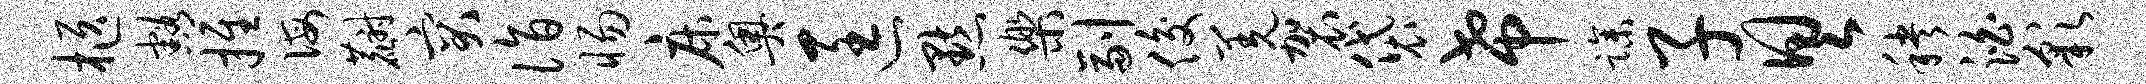
柩豁推诲麝突诣惕床奥匡默乐副俊羌袈袋希躁子具秧泊彩